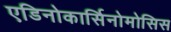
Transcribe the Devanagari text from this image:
एडिनोकार्सिनोमोसिस